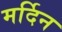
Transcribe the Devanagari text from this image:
मर्दिन